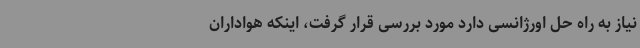
نیاز به راه حل اورژانسی دارد مورد بررسی قرار گرفت، اینکه هواداران